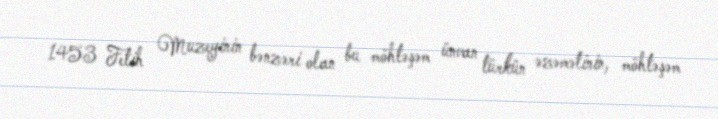
1453 Fetih Muzeyinin bənzəri olan bu möhtəşəm ünvan türkün əzəmətinin, möhtəşəm